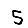
Digit: 5